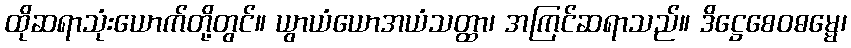
ထိုဆရာသုံးယောက်တို့တွင်။ ယွာယံယောအယံသတ္ထာ၊ အကြင်ဆရာသည်။ ဒိဋ္ဌေစေဝဓမ္မေ၊